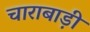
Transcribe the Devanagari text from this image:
चाराबाड़ी